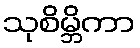
သုစိမ္ဘိကာ